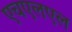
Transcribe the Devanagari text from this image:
एचएलएल